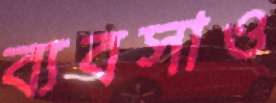
ব্যবসাও